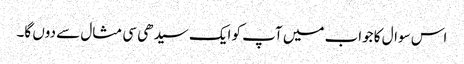
اس سوال کا جواب میں آپ کو ایک سیدھی سی مثال سے دوں گا۔